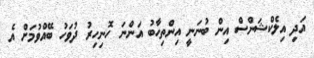
އަދި އިލެކްޝަންސް އިން ބުނަނީ އިންތިހާބު އަންނަ ހޮނިހިރު ދުވަހު ބޭއްވުމަށް އެ